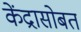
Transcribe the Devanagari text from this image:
केंद्रासोबत